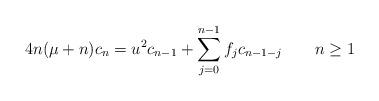
LaTeX: \begin{gather*}4n(\mu+n)c_n=u^2c_{n-1}+\sum_{j=0}^{n-1}f_jc_{n-1-j} \qquad n\ge 1\end{gather*}